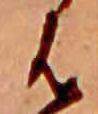
は